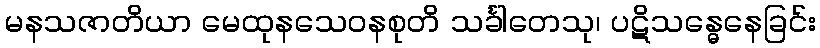
မနသဇာတိယာ မေထုနသေဝနစုတိ သင်္ခါတေသု၊ ပဋိသန္ဓေနေခြင်း